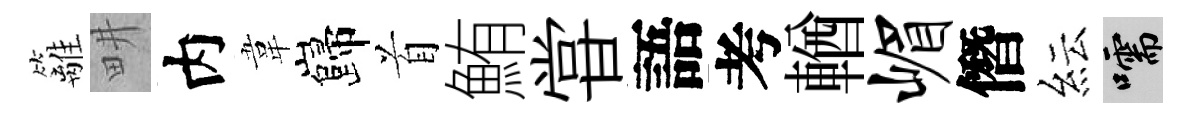
籬畊内韋巋首鮪甞語考輶嵋僭紜嚅